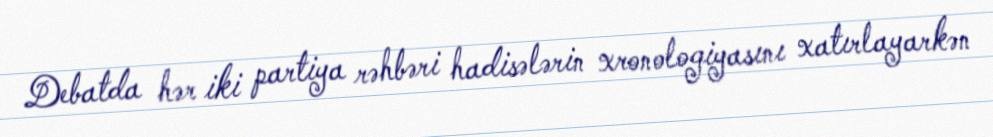
Debatda hər iki partiya rəhbəri hadisələrin xronologiyasını xatırlayarkən